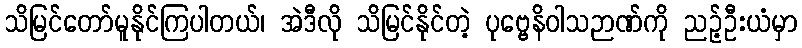
သိမြင်တော်မူနိုင်ကြပါတယ်၊ အဲဒီလို သိမြင်နိုင်တဲ့ ပုဗ္ဗေနိဝါသဉာဏ်ကို ညဉ့်ဦးယံမှာ